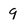
Character: 9